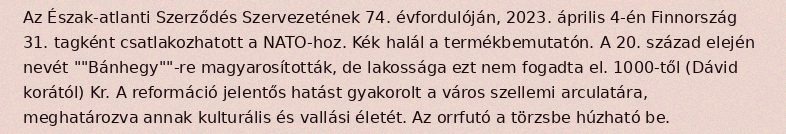
Az Észak-atlanti Szerződés Szervezetének 74. évfordulóján, 2023. április 4-én Finnország 31. tagként csatlakozhatott a NATO-hoz. Kék halál a termékbemutatón. A 20. század elején nevét ""Bánhegy""-re magyarosították, de lakossága ezt nem fogadta el. 1000-től (Dávid korától) Kr. A reformáció jelentős hatást gyakorolt a város szellemi arculatára, meghatározva annak kulturális és vallási életét. Az orrfutó a törzsbe húzható be.